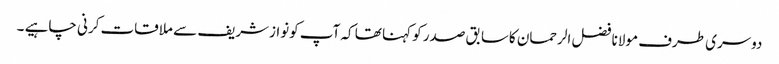
دوسری طرف مولانا فضل الرحمان کاسابق صدر کو کہنا تھا کہ آپ کونوازشریف سے ملاقات کرنی چاہیے ۔